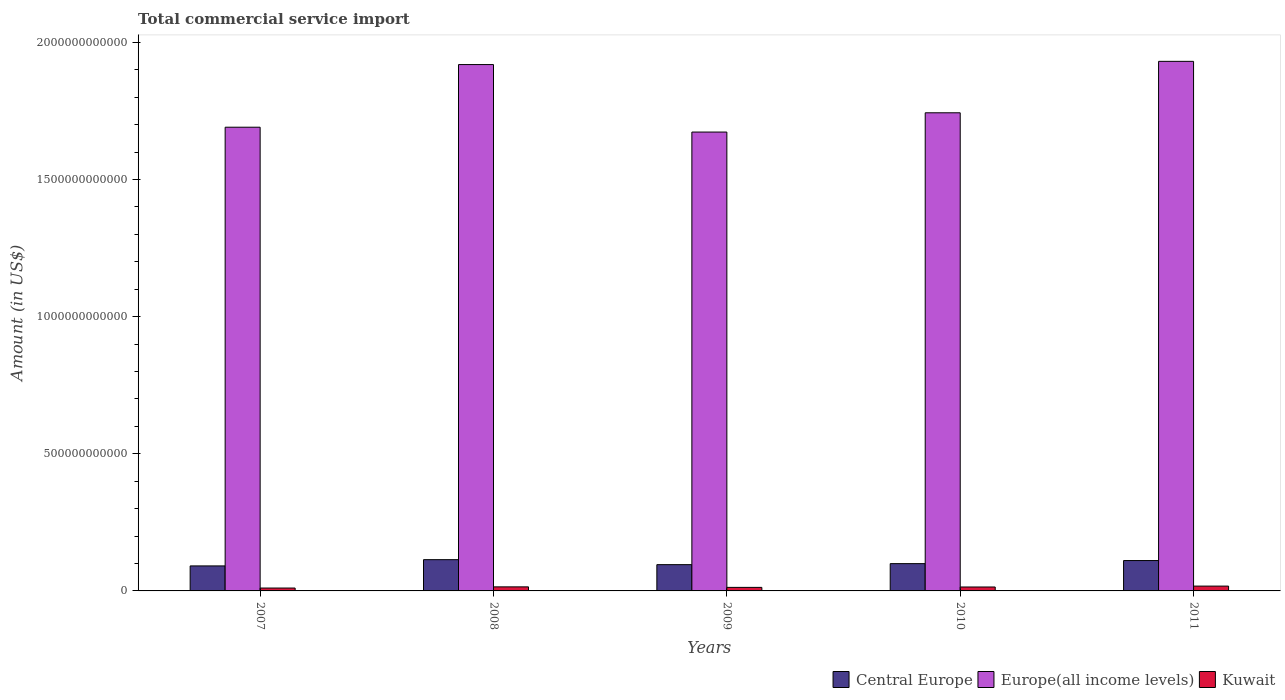
| Years | Central Europe | Europe(all income levels) | Kuwait |
 | --- | --- | --- | --- |
 | 2007 | 9.12e+10 | 1.69e+12 | 1.05e+10 |
 | 2008 | 1.14e+11 | 1.92e+12 | 1.48e+10 |
 | 2009 | 9.58e+10 | 1.67e+12 | 1.29e+10 |
 | 2010 | 9.95e+10 | 1.74e+12 | 1.43e+10 |
 | 2011 | 1.11e+11 | 1.93e+12 | 1.76e+10 |